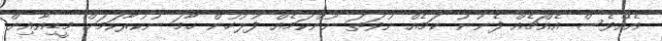
އެއްވެސް އެއްޗެއް ފެނުނު ކަމެއް ނުވަތަ ނޫންކަމެއް ފުލުހުން ހާމަ ނުކުރާކަމަށް މީޑިއާއިން